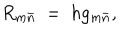
LaTeX: R _ { m { \bar { n } } } \ = \ h g _ { m { \bar { n } } } ,